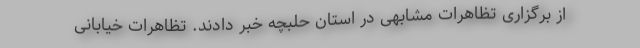
از برگزاری تظاهرات مشابهی در استان حلبچه خبر دادند. تظاهرات خیابانی